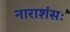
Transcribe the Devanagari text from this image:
नाराशंसः